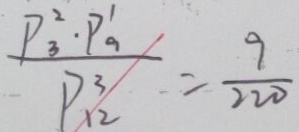
\frac { P _ { 3 } ^ { 2 } \cdot P _ { 9 } ^ { 1 } } { P _ { 1 2 } ^ { 3 } } = \frac { 9 } { 2 2 0 }